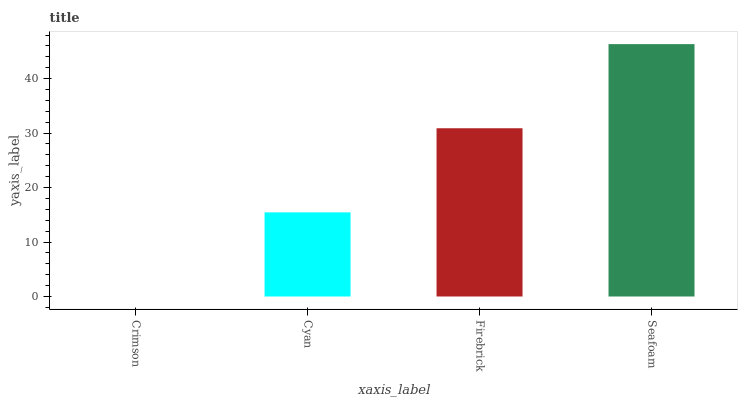
| xaxis_label | bars |
 | --- | --- |
 | Crimson | 0 |
 | Cyan | 15.4 |
 | Firebrick | 30.9 |
 | Seafoam | 46.3 |